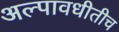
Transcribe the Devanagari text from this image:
अल्पावधीतीच